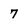
Character: 7